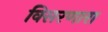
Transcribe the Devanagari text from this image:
विसरणारा